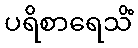
ပရိစာရေသိံ